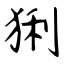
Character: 猁